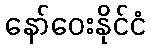
နော်ဝေးနိုင်ငံ